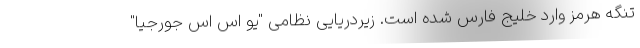
تنگه هرمز وارد خلیج فارس شده است. زیردریایی نظامی "یو اس اس جورجیا"